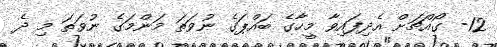
12- ގޯއްޗަށް އެދިފައިވާ މީހާގެ ބައްޕަގެ ނުވަތަ މަންމަގެ ނުވަތަ މި ދެ